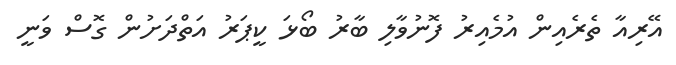
އޭރިއާ ތެރެއިން އުމެއިރު ފޮނުވާލި ބާރު ބޯޅަ ކީޕަރު އަތްދަށުން ގޮސް ވަނީ